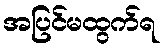
အပြင်မထွက်ရ